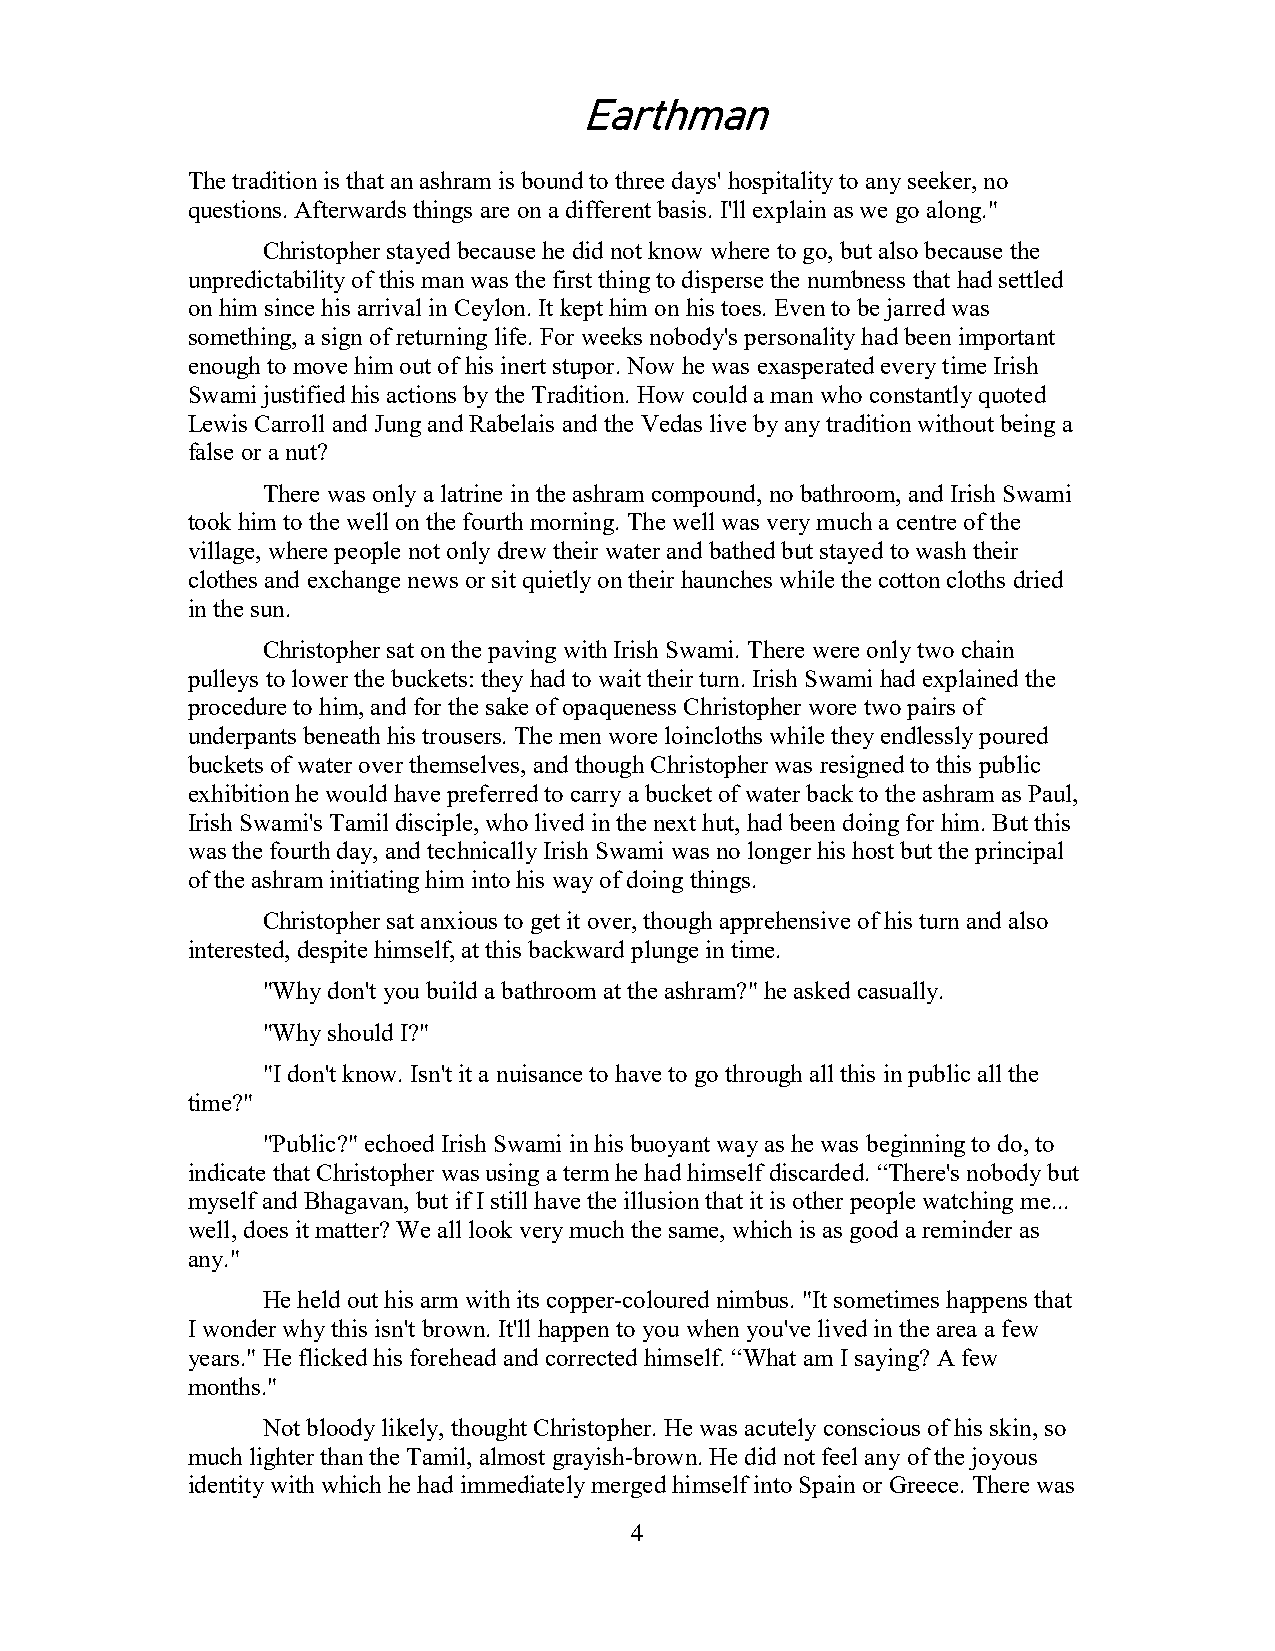
Earthman
 The tradition is that an ashram is bound to three days' hospitality to any seeker, no
 questions. Afterwards things are on a different basis. I'll explain as we go along."
 Christopher stayed because he did not know where to go, but also because the
 unpredictability of this man was the first thing to disperse the numbness that had settled
 on him since his arrival in Ceylon. It kept him on his toes. Even to be jarred was
 something, a sign of returning life. For weeks nobody's personality had been important
 enough to move him out of his inert stupor. Now he was exasperated every time Irish
 Swami justified his actions by the Tradition. How could a man who constantly quoted
 Lewis Carroll and Jung and Rabelais and the Vedas live by any tradition without being a
 false or a nut?
 There was only a latrine in the ashram compound, no bathroom, and Irish Swami
 took him to the well on the fourth morning. The well was very much a centre of the
 village, where people not only drew their water and bathed but stayed to wash their
 clothes and exchange news or sit quietly on their haunches while the cotton cloths dried
 in the sun.
 Christopher sat on the paving with Irish Swami. There were only two chain
 pulleys to lower the buckets: they had to wait their turn. Irish Swami had explained the
 procedure to him, and for the sake of opaqueness Christopher wore two pairs of
 underpants beneath his trousers. The men wore loincloths while they endlessly poured
 buckets of water over themselves, and though Christopher was resigned to this public
 exhibition he would have preferred to carry a bucket of water back to the ashram as Paul,
 Irish Swami's Tamil disciple, who lived in the next hut, had been doing for him. But this
 was the fourth day, and technically Irish Swami was no longer his host but the principal
 of the ashram initiating him into his way of doing things.
 Christopher sat anxious to get it over, though apprehensive of his turn and also
 interested, despite himself, at this backward plunge in time.
 "Why don't you build a bathroom at the ashram?" he asked casually.
 "Why should I?"
 "I don't know. Isn't it a nuisance to have to go through all this in public all the
 time?"
 "Public?" echoed Irish Swami in his buoyant way as he was beginning to do, to
 indicate that Christopher was using a term he had himself discarded. “There's nobody but
 myself and Bhagavan, but if I still have the illusion that it is other people watching me...
 well, does it matter? We all look very much the same, which is as good a reminder as
 any."
 He held out his arm with its copper-coloured nimbus. "It sometimes happens that
 I wonder why this isn't brown. It'll happen to you when you've lived in the area a few
 years." He flicked his forehead and corrected himself. “What am I saying? A few
 months."
 Not bloody likely, thought Christopher. He was acutely conscious of his skin, so
 much lighter than the Tamil, almost grayish-brown. He did not feel any of the joyous
 identity with which he had immediately merged himself into Spain or Greece. There was
 4